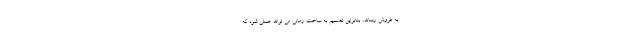
به فروش رساند، بنابراین تصمیم به ساخت زمانی می تواند عملی شود که